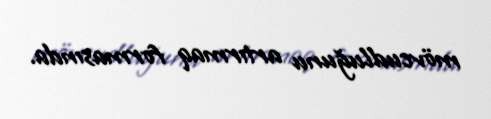
mövcudluğunu artırmaq formasında.